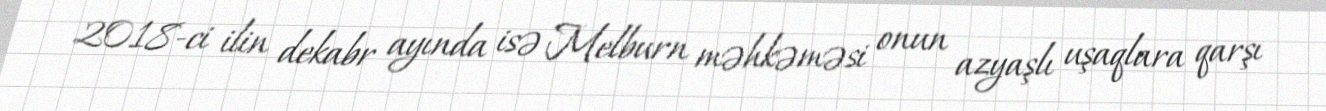
2018-ci ilin dekabr ayında isə Melburn məhkəməsi onun azyaşlı uşaqlara qarşı